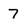
Character: 7